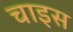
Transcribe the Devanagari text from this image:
चाइस